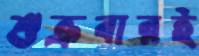
শুক্রবারই